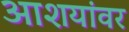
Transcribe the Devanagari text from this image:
आशयांवर